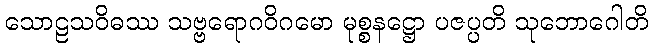
သောဠသဝိဓဿ သဗ္ဗရောဂဝိဂမော မုစ္စနဋ္ဌော ပဇပ္ပတိ သုဘောဂေါတိ